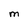
Character: M